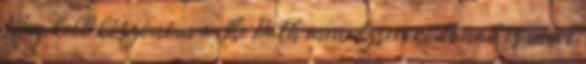
Meg kell köszönöm a The Path menedzserirodának is mert